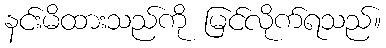
နင်းမိထားသည်ကို မြင်လိုက်ရသည်။